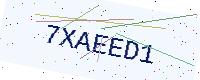
Text: 7XAEED1